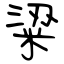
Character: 粱